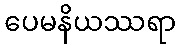
ပေမနိယဿရာ